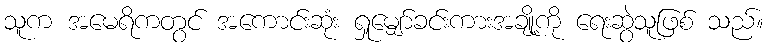
သူက အမေရိကတွင် အကောင်းဆုံး ရှုမျှော်ခင်းကားအချို့ကို ရေးဆွဲသူဖြစ် သည်။